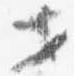
セ